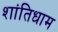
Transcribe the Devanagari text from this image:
शांतिधाम